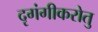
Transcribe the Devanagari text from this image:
दृगंगीकरोतु